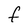
Character: F